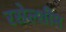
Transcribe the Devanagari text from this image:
रसेल्शीम